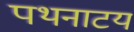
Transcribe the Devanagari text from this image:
पथनाटय